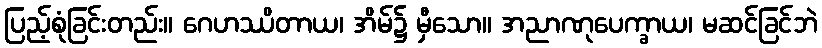
ပြည့်စုံခြင်းတည်း။ ဂေဟဿိတာယ၊ အိမ်၌ မှီသော။ အညာဏုပေက္ခာယ၊ မဆင်ခြင်ဘဲ